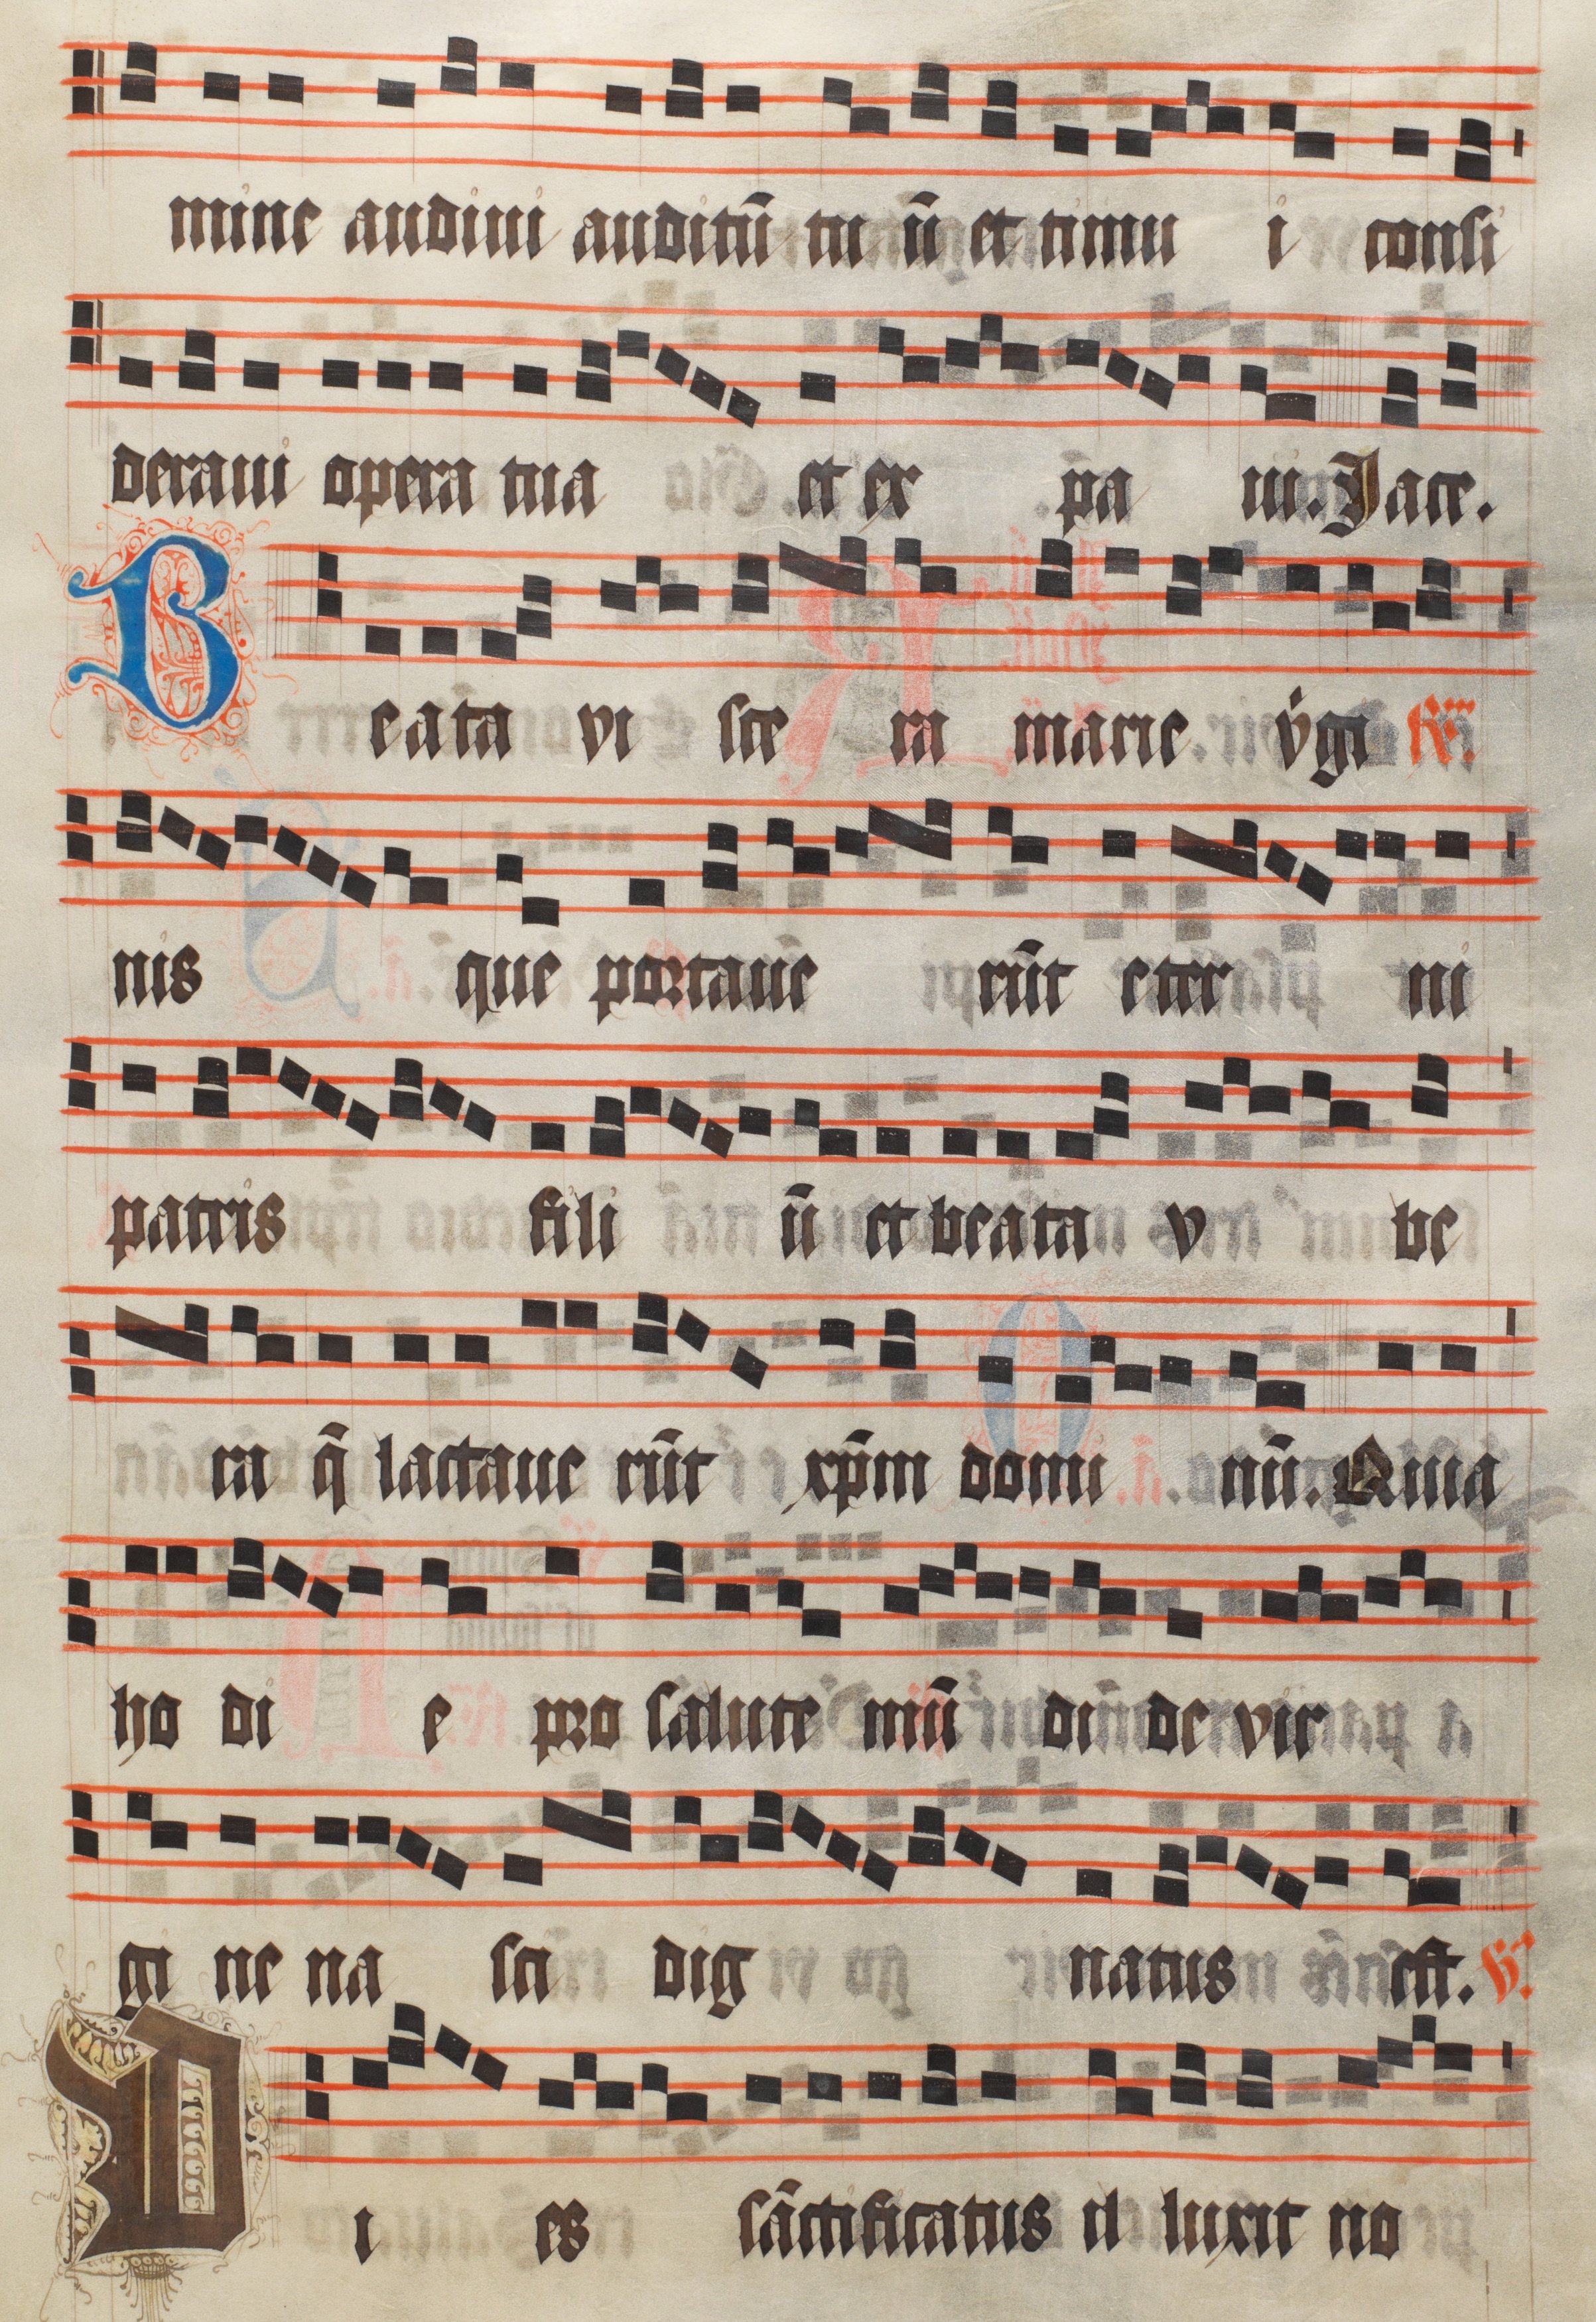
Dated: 1511–1517